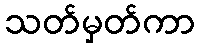
သတ်မှတ်ကာ